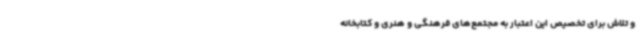
و تلاش برای تخصیص این اعتبار به مجتمع‌های فرهنگی و هنری و کتابخانه